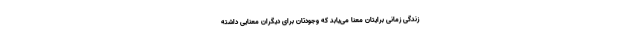
زندگی‌ زمانی برایتان معنا می‌یابد که وجودتان برای دیگران معنایی داشته